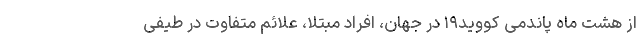
از هشت ماه پاندمی کووید۱۹ در جهان، افراد مبتلا، علائم متفاوت در طیفی